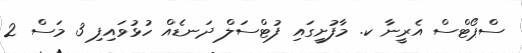
ސްޕޯޓްސް އެރީނާ ކ. މާފުށީގައި ފުޓްސަލް ދަނޑެއް ހުޅުވައިފި 3 މަސް 2